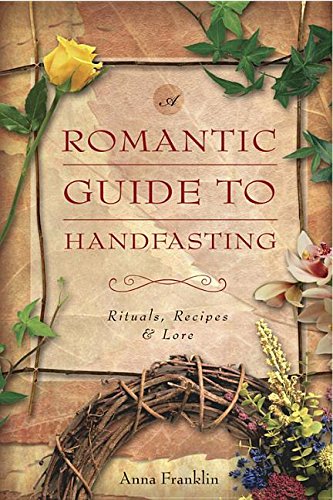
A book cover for Romantic Guide to Handfasting: Rituals, Recipes & Lore; Anna Franklin; Crafts, Hobbies & Home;